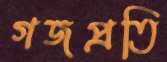
গজপ্রতি